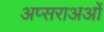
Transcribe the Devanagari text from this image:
अप्सराअओं